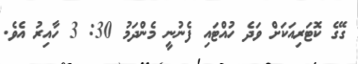
ގޭގެ ކޮޓަރިއަކަށް ވަދެ ހުއްޓައި ފެނުނީ މެންދަމު 30: 3 ހާއިރު އެވެ.